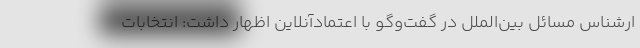
ارشناس مسائل بین‌الملل در گفت‌وگو با اعتمادآنلاین اظهار داشت: انتخابات